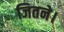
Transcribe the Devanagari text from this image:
जितने।